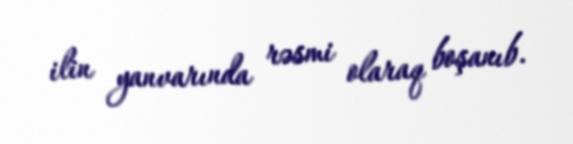
ilin yanvarında rəsmi olaraq boşanıb.